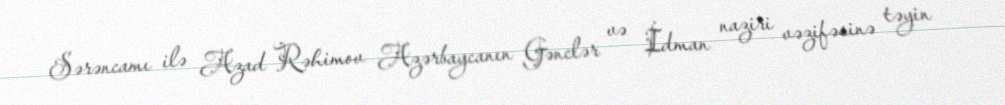
Sərəncamı ilə Azad Rəhimov Azərbaycanın Gənclər və İdman naziri vəzifəsinə təyin